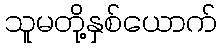
သူမတို့နှစ်ယောက်